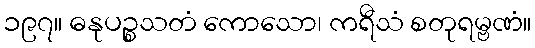
၁၉၇။ ဓနုပဉ္စသတံ ကောသော၊ ကရီသံ စတုရမ္ဗဏံ။